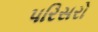
પરિસરો